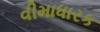
વીમાધારક